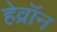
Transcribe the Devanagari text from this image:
हेव्रॉन